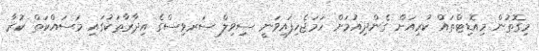
މިގޮތުން މިއޮޑިޓްތައް ކުރިއަށް ގެންދިއުމަށް ހަމަޖެހިފައިވަނީ ސިވިލް ސަރވިސްގެ އިދާރާތަކުގައި މަސައްކަތް ކުރާ